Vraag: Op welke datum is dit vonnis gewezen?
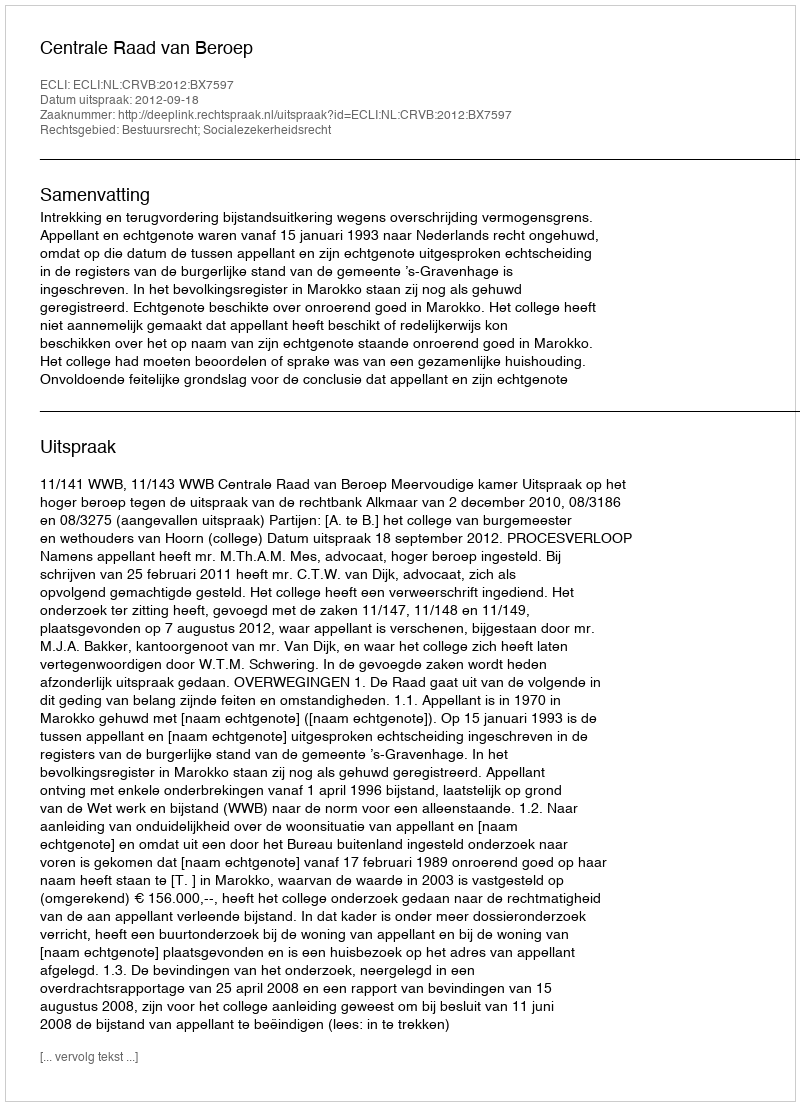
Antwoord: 2012-09-18